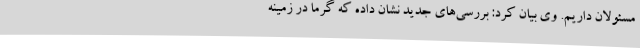
مسئولان داریم. وی بیان کرد: بررسی‌های جدید نشان داده که گرما در زمینه